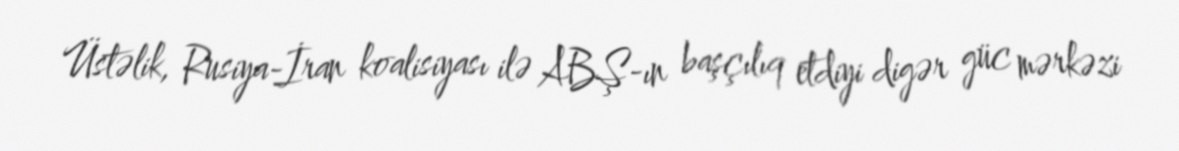
Üstəlik, Rusiya-İran koalisiyası ilə ABŞ-ın başçılıq etdiyi digər güc mərkəzi